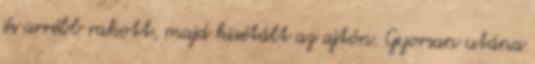
és arrébb rakott, majd kisétált az ajtón. Gyorsan utána